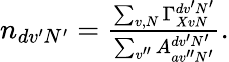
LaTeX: \begin{array}{r}{n_{dv^{\prime}N^{\prime}}=\frac{\sum_{v,N}\Gamma_{XvN}^{dv^{\prime}N^{\prime}}}{\sum_{v^{\prime\prime}}A_{av^{\prime\prime}N^{\prime}}^{dv^{\prime}N^{\prime}}}.}\end{array}